Papers set at the Examination for Leaving Certificates, 1894
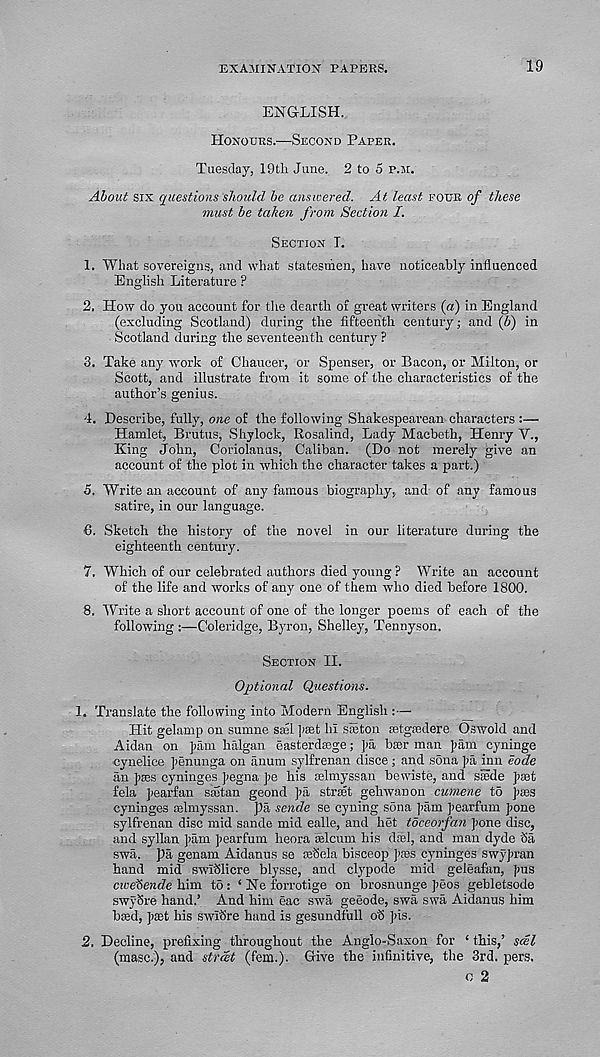
EXAMINATION PAPERS.
19
ENGLISH.
Honours.—Second Paper.
Tuesday, 19tli June. 2 to 5 p.h.
About six questions should be answered. At least four of these
must be taken from Section I.
Section I.
1. What sovereigns, and what statesmen, have noticeably influenced
English Literature ?
2. How do you account for the dearth of great writers (a) in England
(excluding Scotland) during the fifteenth century; and (b) in
Scotland during the seventeenth century ?
3. Take any work of Chaucer, or Spenser, or Bacon, or Milton, or
Scott, and illustrate from it some of the characteristics of the
author’s genius.
4. Describe, fully, one of the following Shakespearean characters :—
Hamlet, Brutus, Shylock, Rosalind, Lady Macbeth, Henry V.,
King John, Coriolanus, Caliban. (Do not merely give an
account of the plot in which the character takes a part.)
o. Write an account of any famous biography, and of any famous
satire, in our language.
6. Sketch the history of the novel in our literature during the
eighteenth century.
7. Which of our celebrated authors died young ? Write an account
of the life and works of any one of them who died before 1800.
8. 'Write a short account of one of the longer poems of each of the
following :—Coleridge, Byron, Shelley, Tennyson.
Section II.
Optional Questions.
1. Translate the following into Modern English :—
Hit gelamp on sumne sail jiaet hi sieton astgredere Oswold and
Aidan on ]>am halgan easterdaige; ]>a bier man pam cyninge
cynelice penunga on anum sylfrenan disce; and sona pa inn eode
an pees cyninges pegna pe his telmyssan bewiste, and stede past
fela pearfan saitan geond pa strait gehwanon cumene t5 pais
cyninges telmyssan. pa sende se cyning sbna pam pearfum pone
sylfrenan disc mid sande mid ealle, and het toceorfan pone disc,
and syllan pam pearfum heora telcum his clad, and man dyde Sa
swa. pa genam Aidanus se teoela bisceop pass cyninges swypran
hand mid swMiere blysse, and clypode mid geleafan, pus
cweftende him td: ‘Neforrotige on brosnunge peos gebletsode
swySre hand.’ And him eac swa geeode, swa swa Aidanus him
bied, past his swiSre hand is gesundfull oh pis.
2. Decline, prefixing throughout the Anglo-Saxon for ‘ this,’ seel
(masc.), and strat (fern.). Give the infinitive, the 3rd. pers.
c 2